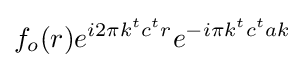
f_{o}(r)e^{i2\pi k^{t}c^{t}r}e^{-i\pi k^{t}c^{t}ak}